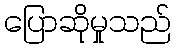
ပြောဆိုမှုသည်